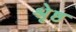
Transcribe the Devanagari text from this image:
श्रृेष्ठ